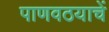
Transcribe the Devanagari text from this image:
पाणवठयाचें